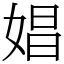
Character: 娼